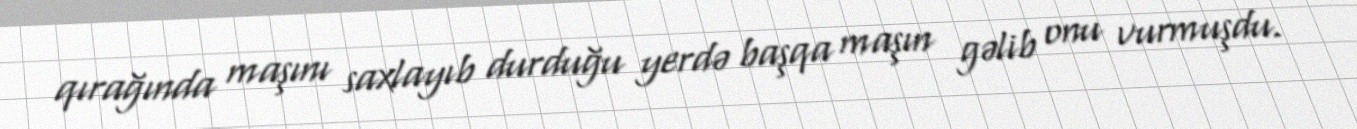
qırağında maşını saxlayıb durduğu yerdə başqa maşın gəlib onu vurmuşdu.